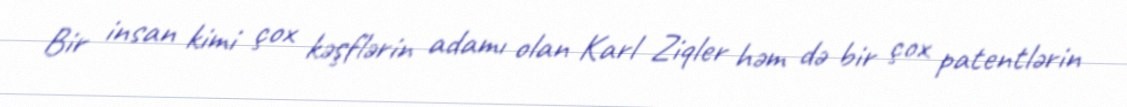
Bir insan kimi çox kəşflərin adamı olan Karl Ziqler həm də bir çox patentlərin